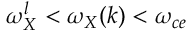
\omega _ { X } ^ { l } < \omega _ { X } ( k ) < \omega _ { c e }